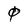
Character: 0